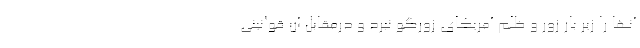
آنها را زیر بار زور و ظلم آمریکای زورگو نبرد و درمقابل آن قوانینی